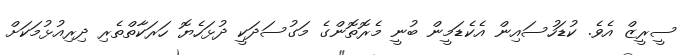
ސީރީޒް އެވެ. ކުޑަހުސައިން އެކެޑަމީން ބުނީ މެރޮތޮންގެ މަގުސަދަކީ ދުޅަހެޔޮ ހަރަކާތްތެރި ދިރިއުޅުމަކަށް